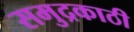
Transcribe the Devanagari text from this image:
समुद्रकाठी